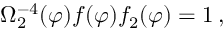
\Omega _ { 2 } ^ { - 4 } ( \varphi ) f ( \varphi ) f _ { 2 } ( \varphi ) = 1 \, ,